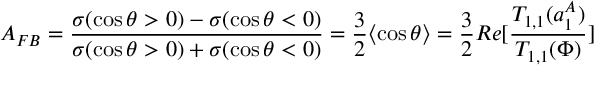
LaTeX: A _ { F B } = \frac { \sigma ( \cos \theta > 0 ) - \sigma ( \cos \theta < 0 ) } { \sigma ( \cos \theta > 0 ) + \sigma ( \cos \theta < 0 ) } = \frac { 3 } { 2 } \langle \cos \theta \rangle = \frac { 3 } { 2 } R e [ \frac { T _ { 1 , 1 } ( a _ { 1 } ^ { A } ) } { T _ { 1 , 1 } ( \Phi ) } ]